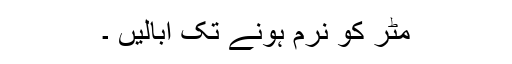
مٹر کو نرم ہونے تک ابالیں ۔